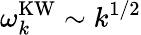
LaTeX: \omega_{k}^{\mathrm{KW}}\sim k^{1/2}